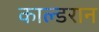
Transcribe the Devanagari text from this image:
काल्डरान